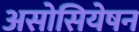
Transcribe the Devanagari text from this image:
असोसियेषन